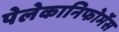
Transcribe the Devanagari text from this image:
पेलेकानिफोर्मेस